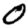
Digit: 0